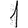
Digit: 1